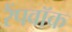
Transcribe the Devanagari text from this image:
रैंपवॉक